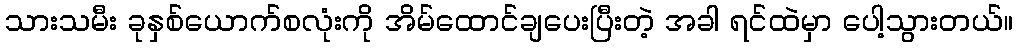
သားသမီး ခုနှစ်ယောက်စလုံးကို အိမ်ထောင်ချပေးပြီးတဲ့ အခါ ရင်ထဲမှာ ပေါ့သွားတယ်။